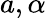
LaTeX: a,\alpha